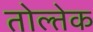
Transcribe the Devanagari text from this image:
तोल्तेक